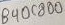
Text: B40C800